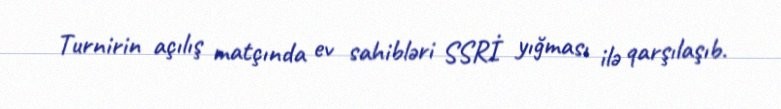
Turnirin açılış matçında ev sahibləri SSRİ yığması ilə qarşılaşıb.